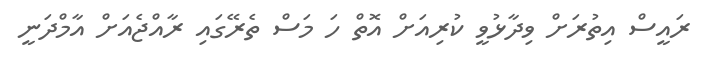
ރައީސް އިތުރަށް ވިދާޅުވީ ކުރިއަށް އޮތް ހަ މަސް ތެރޭގައި ރާއްޖެއަށް އާމްދަނީ